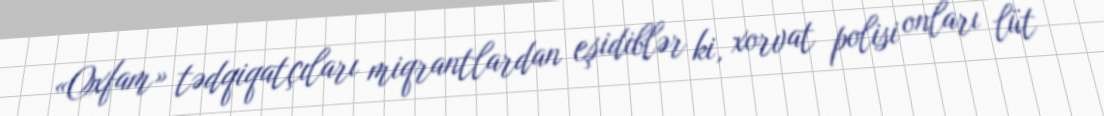
«Oxfam» tədqiqatçıları miqrantlardan eşidiblər ki, xorvat polisi onları lüt